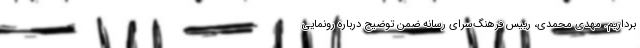
برداریم. مهدی محمدی، رییس فرهنگ‌سرای رسانه ضمن توضیح درباره رونمایی